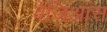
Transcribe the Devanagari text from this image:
वेंजिआंस